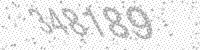
Solution: 348189